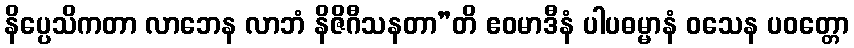
နိပ္ပေသိကတာ လာဘေန လာဘံ နိဇိဂီသနတာ”တိ ဧဝမာဒီနံ ပါပဓမ္မာနံ ဝသေန ပဝတ္တော